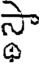
స్థా